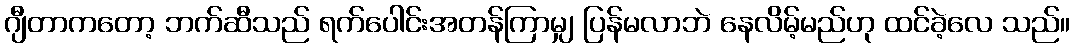
ဂျီတာကတော့ ဘက်ဆီသည် ရက်ပေါင်းအတန်ကြာမျှ ပြန်မလာဘဲ နေလိမ့်မည်ဟု ထင်ခဲ့လေ သည်။